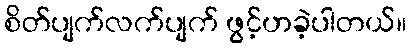
စိတ်ပျက်လက်ပျက် ဖွင့်ဟခဲ့ပါတယ်။